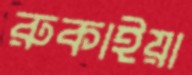
রুকাইয়া